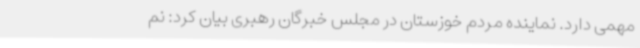
مهمی دارد. نماینده مردم خوزستان در مجلس خبرگان رهبری بیان کرد: نم